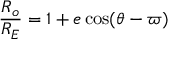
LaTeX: { \frac { R _ { o } } { R _ { E } } } = { 1 + e \cos ( \theta - \varpi ) }